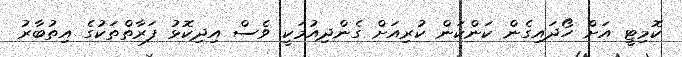
ކޮމިޓީ އަށް ހޯދައިގެން ކަންކަން ކުރިއަށް ގެންދިއުމަކީ ވެސް އިދިކޮޅު ފަރާތްތަކުގެ އިތުބާރު